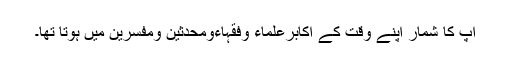
آپ کا شمار اپنے وقت کے اکابرعلماء وفقہاءومحدثین ومفسرین میں ہوتا تھا۔